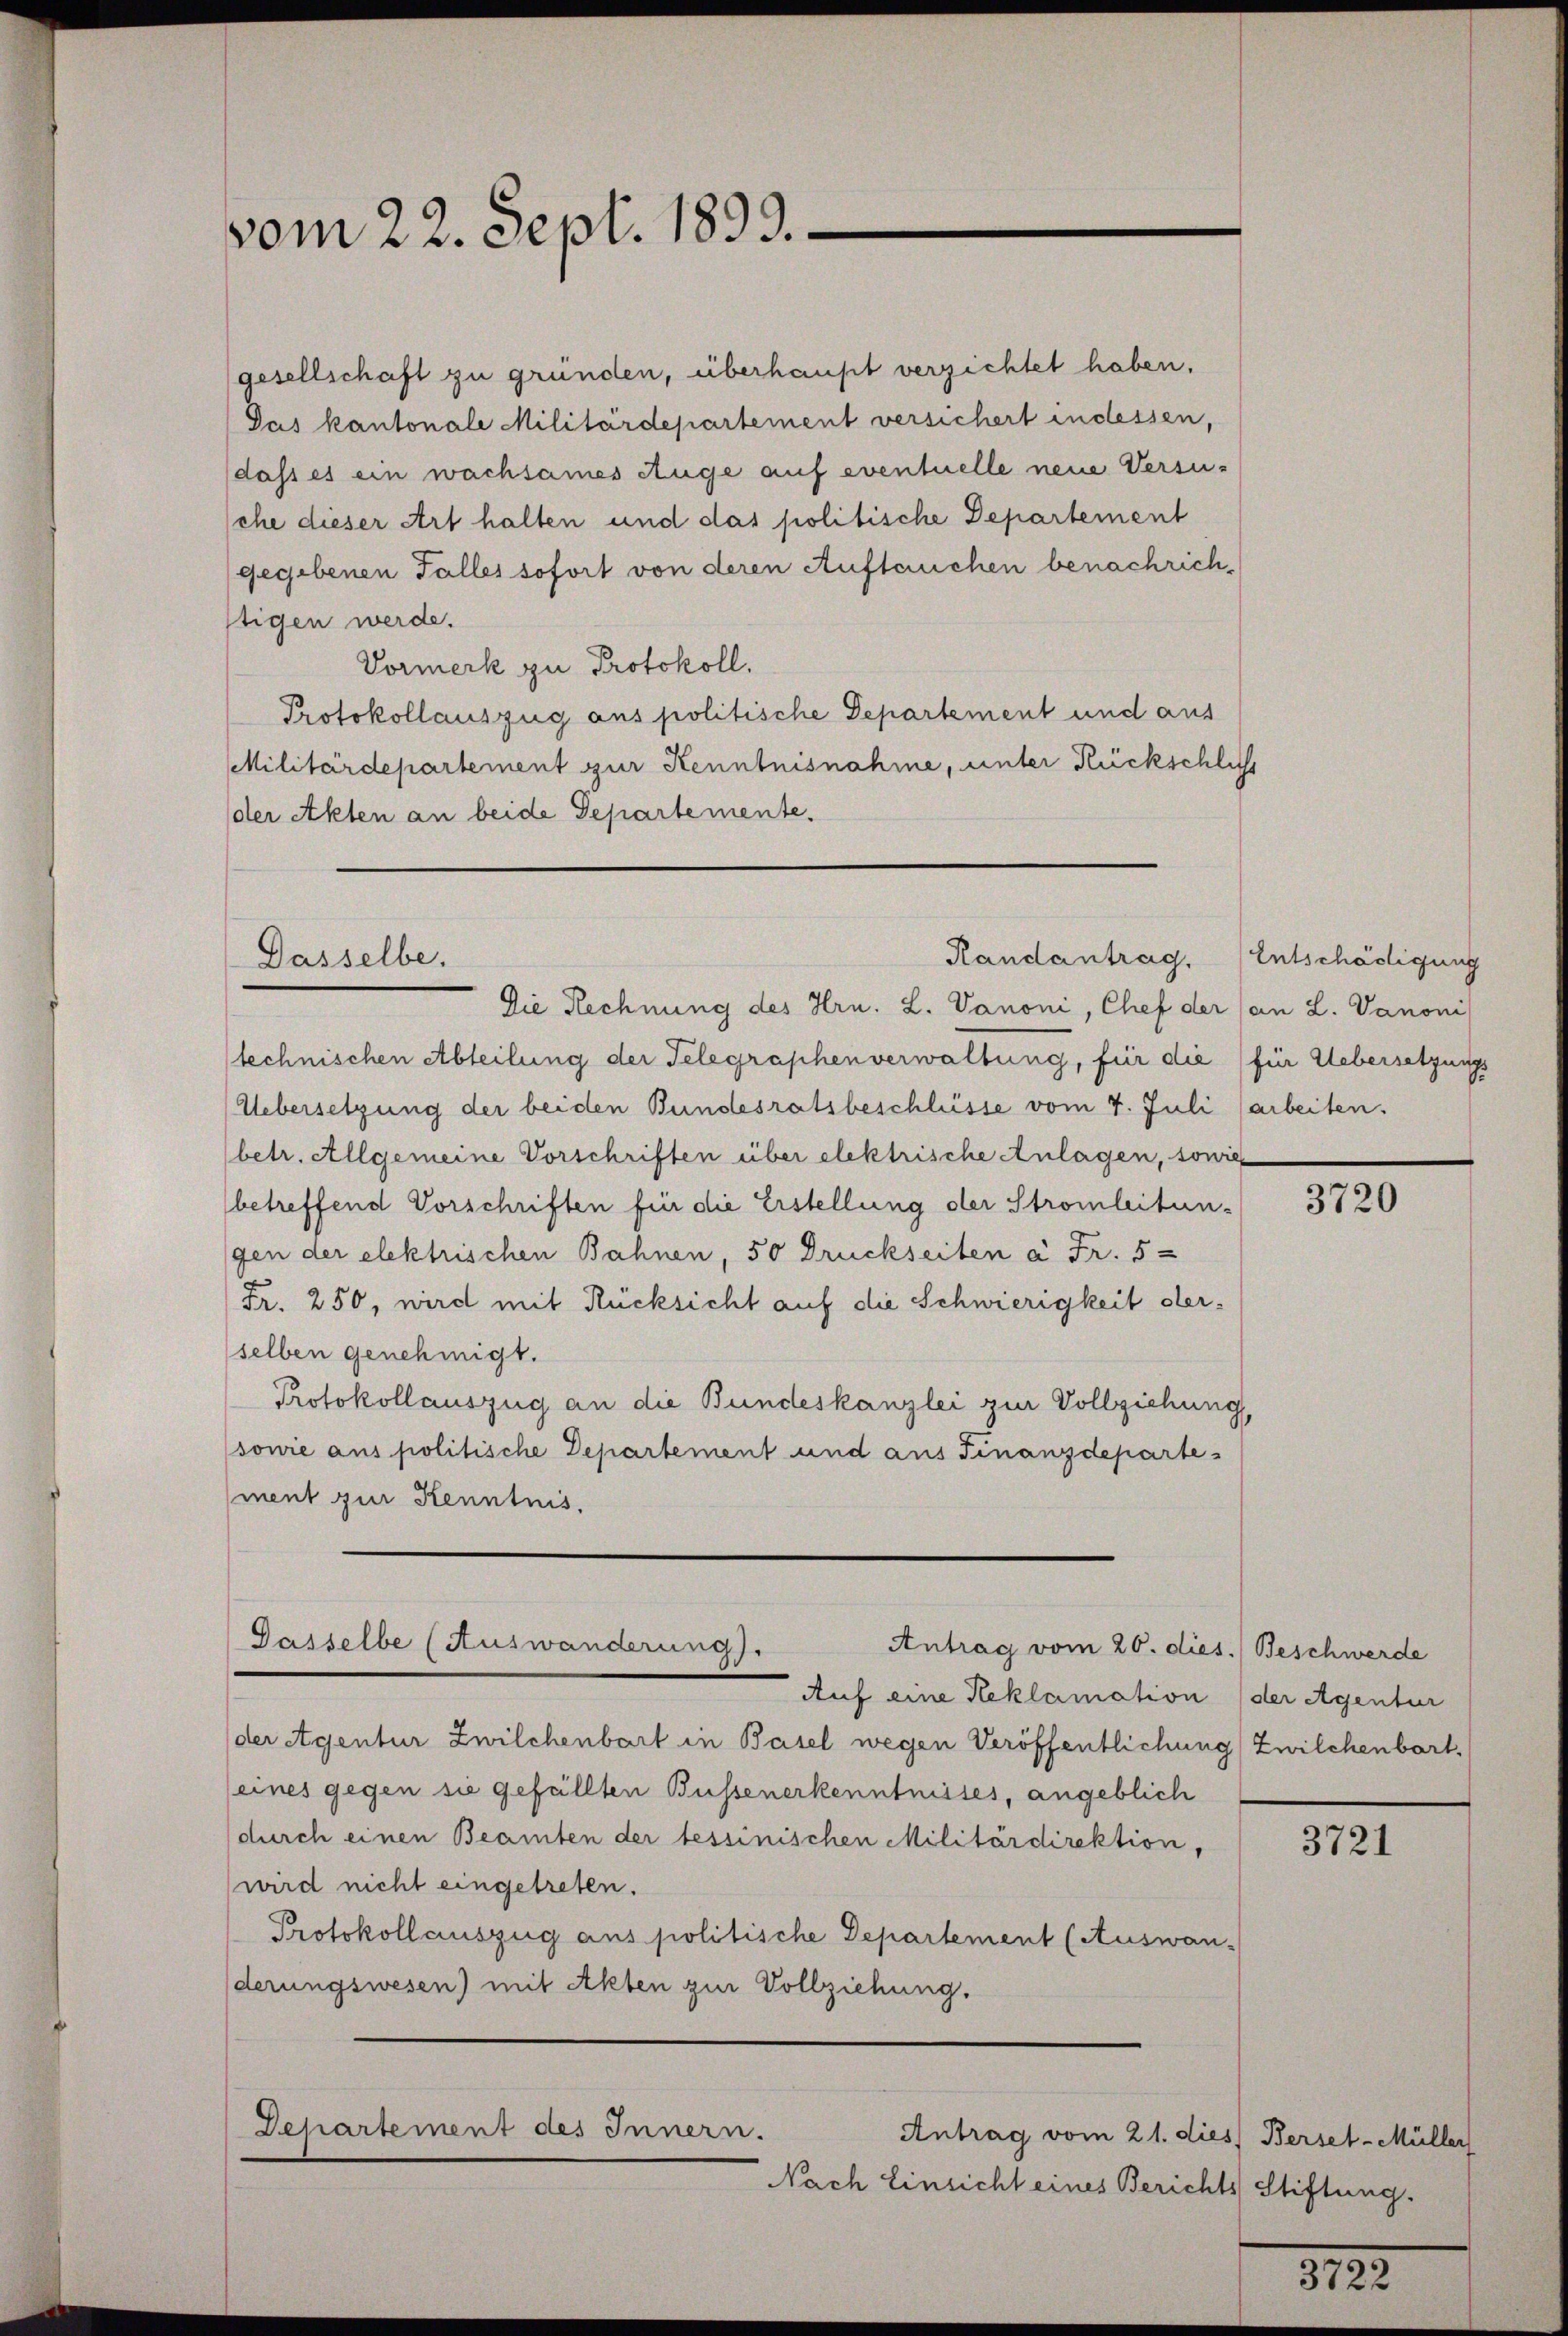
vom 22. Sept. 1893.

gesellschaft zu gründen, überhaupt verzichtet haben.
Das kantonale Militärdepartement versichert indessen,
dass es ein wachsames Auge auf eventuelle neue Versu-
sehe dieser Art halten und das politische Departement
gegebenen Falles sofort von deren Auftauchen benachrichstigen werde.
Vormerk zu Protokoll.
Protokollauszug aus politische Departement und aus
Militärdepartement zur Kenntnisnahme, unter Rückschliess
der Akten an beide Departemente.

Randantrag.
Dasselbe.

Jasselbe (Auswanderung.
Antrag vom 20. dies.) Beschwerde

Dehartement des Innern.
Antrag vom 21. dies Berset-Müller

Die Rechnung des Hrn. L. Vanoni, Chef der (an L. Vanoni
technischen Abteilung der Telegraphenverwaltung, für die für Uebersetzungs
Uebersetzung der beiden Bundesratsbeschlüsse vom 7. Juli (arbeiten.
(betr. Allgemeine Vorschriften über elektrische Anlagen, sowie
(betreffend Vorschriften für die Erstellung der Stromleitun-
gen der elektrischen Bahnen, 50 Druckseiten à Fr. 5
Fr. 250, wird mit Rücksicht auf die Schwierigkeit derselben genehmigt.
Protokollauszug an die Bundeskanzlei zur Vollziehung
sowie aus politische Departement und aus Finanzdepartement zur Kenntnis.

Nach Einricht eines Berichts Stiftung.

Auf eine Reklamation der Agentur
(der Agentur Zwilchenbart in Basel wegen Veröffentlichung Zwilchenbart,
(eines gegen sie gefällten Bussenerkenntnisses, angeblich
durch einen Beamten der tessinischen Militärdirektion,
wird nicht eingetreten.
Protokollauszug aus politische Departement (Auswan-
derungswesen) mit Akten zur Vollziehung.

Entschädigung

3720

3721

812.